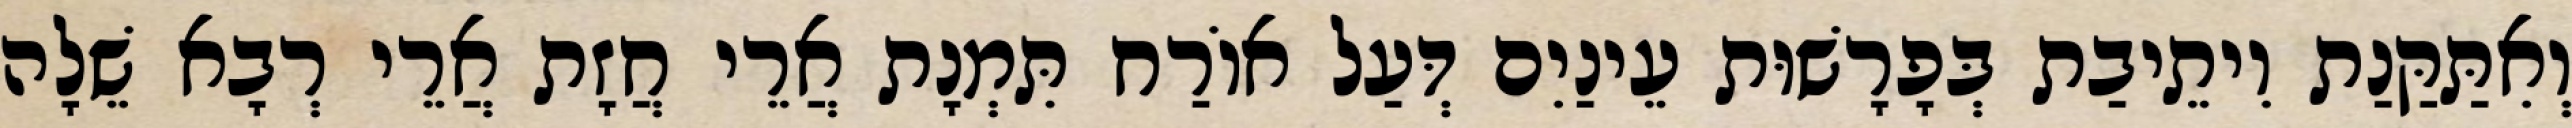
וְאִתַּקַּנַת וִיתֵיבַת בְּפָרָשׁוּת עֵינַיִם דְּעַל אוֹרַח תִּמְנָת אֲרֵי חֲזָת אֲרֵי רְבָא שֵׁלָה